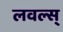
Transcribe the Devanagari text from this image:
लवल्स्